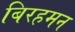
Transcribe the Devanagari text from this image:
बिरहमन